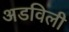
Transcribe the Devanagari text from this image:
अडविली